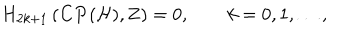
H _ { 2 k + 1 } \left( { \bf C P } ( { \cal H } ) , { \bf Z } \right) = 0 , \qquad k = 0 , 1 , \ldots ,